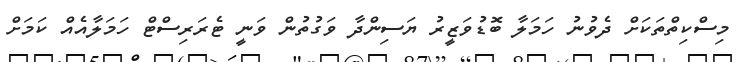
މިސްކިތްތަކަށް ދެވުނު ހަމަލާ ބޮޑުވަޒީރު ޔަސިންދާ ވަގުތުން ވަނީ ޓެރަރިސްޓް ހަމަލާއެއް ކަމަށް